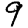
Digit: 9